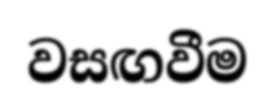
වසඟවීම